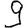
Digit: 9